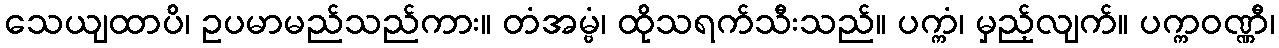
သေယျထာပိ၊ ဥပမာမည်သည်ကား။ တံအမ္ဗံ၊ ထိုသရက်သီးသည်။ ပက္ကံ၊ မှည့်လျက်။ ပက္ကဝဏ္ဏီ၊